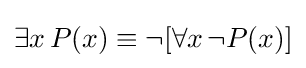
\exists x\,P(x)\equiv \neg [\forall x\,\neg P(x)]